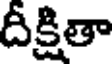
దీక్షితా